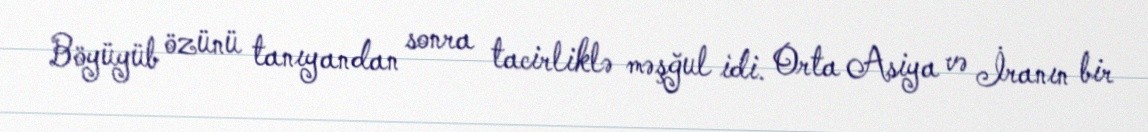
Böyüyüb özünü tanıyandan sonra tacirliklə məşğul idi. Orta Asiya və İranın bir